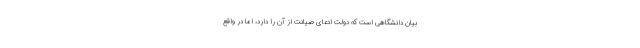
بیان دانشگاهی است که دولت ادعای صیانت از آن را دارد، اما در واقع